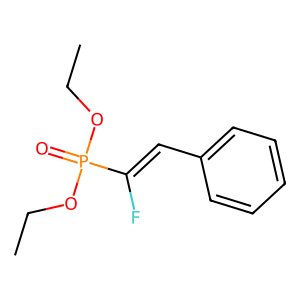
SMILES: CCOP(=O)(OCC)C(F)=Cc1ccccc1
Inhibits HIV replication: No